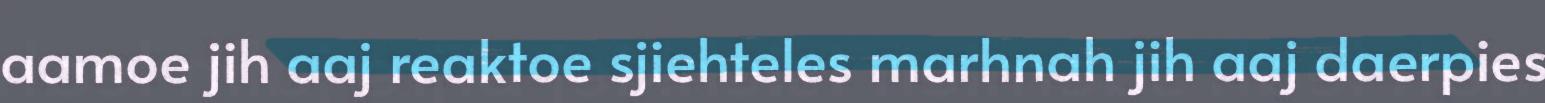
aamoe jih aaj reaktoe sjiehteles marhnah jih aaj daerpies